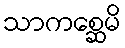
သာကစ္ဆေမိ